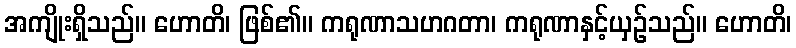
အကျိုးရှိသည်။ ဟောတိ၊ ဖြစ်၏။ ကရုဏာသဟဂတာ၊ ကရုဏာနှင့်ယှဉ်သည်။ ဟောတိ၊